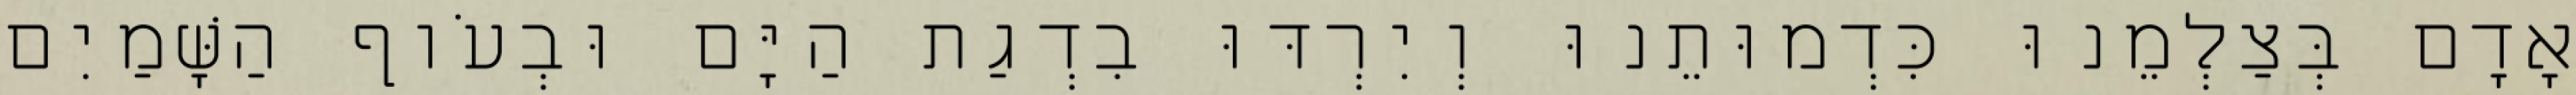
אָדָם בְּצַלְמֵנוּ כִּדְמוּתֵנוּ וְיִרְדּוּ בִדְגַת הַיָּם וּבְעֹוף הַשָּׁמַיִם